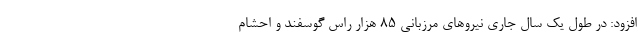
افزود: در طول یک سال جاری نیرو‌های مرزبانی ۸۵ هزار راس گوسفند و احشام